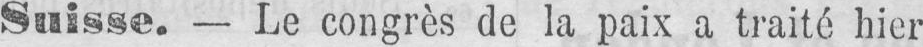
Suisse. - Le congrès de la paix a traité hier